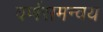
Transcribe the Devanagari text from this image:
वर्णसमन्वय